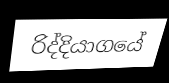
රිද්දියාගයේ